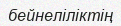
бейнеліліктің